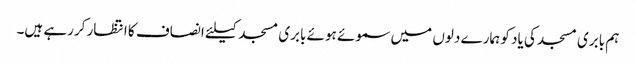
ہم بابری مسجد کی یاد کو ہمارے دلوں میں سموئے ہوئے بابری مسجد کیلئے انصاف کا انتظار کررہے ہیں۔